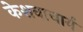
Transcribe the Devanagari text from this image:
केशवाचार्य